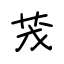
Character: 茂